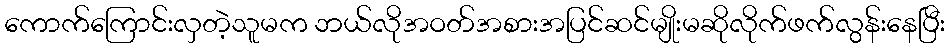
ကောက်ကြောင်းလှတဲ့သူမက ဘယ်လိုအဝတ်အစားအပြင်ဆင်မျိုးမဆိုလိုက်ဖက်လွန်းနေပြီး